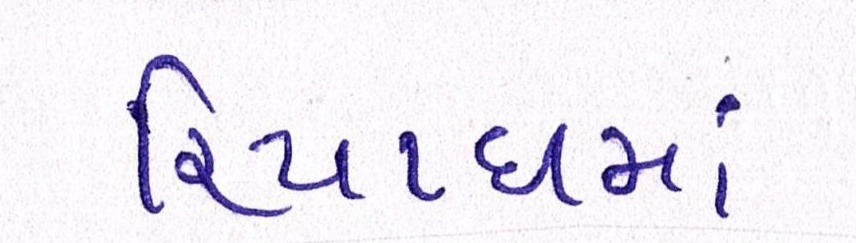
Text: રિયાધમાં